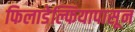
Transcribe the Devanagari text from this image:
फिलाडेल्फियापासून